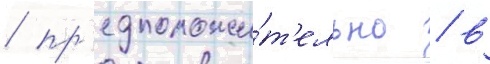
/ пр'едположи́т'ельно / в